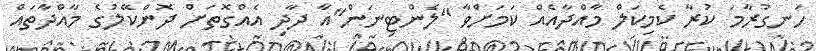
ހަނގުރާމަ ކުރާ ކެމިކަލް މާއްދާއެއް ކަމަށްވާ "ލެންޓިނަން"އާ ދާދި އެއްގޮތަށް ދޮންކޭލުގެ މާއްދާތައް